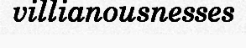
villianousnesses